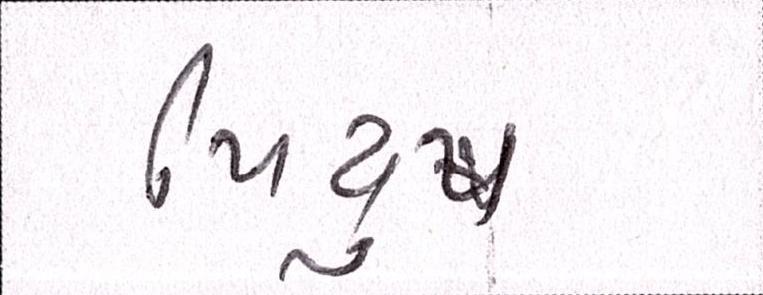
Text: પિયુષ